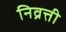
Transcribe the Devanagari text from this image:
निव्रत्ती